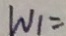
W _ { 1 } =